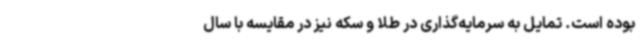
بوده است. تمایل به سرمایه‌گذاری در طلا و سکه نیز در مقایسه با سال